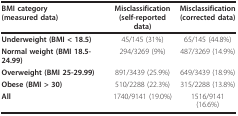
<table><thead><tr><td><b>BMI category(measured data)</b></td><td><b>Misclassification(self-reported data)</b></td><td><b>Misclassification(corrected data)</b></td></tr></thead><tbody><tr><td><b>Underweight (BMI &lt; 18.5)</b></td><td>45/145 (31%)</td><td>65/145 (44.8%)</td></tr><tr><td><b>Normal weight (BMI 18.5-24.99)</b></td><td>294/3269 (9%)</td><td>487/3269 (14.9%)</td></tr><tr><td><b>Overweight (BMI 25-29.99)</b></td><td>891/3439 (25.9%)</td><td>649/3439 (18.9%)</td></tr><tr><td><b>Obese (BMI &gt; 30)</b></td><td>510/2288 (22.3%)</td><td>315/2288 (13.8%)</td></tr><tr><td><b>All</b></td><td>1740/9141 (19.0%)</td><td>1516/9141 (16.6%)</td></tr></tbody></table>